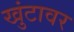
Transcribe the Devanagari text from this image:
खुंटावर